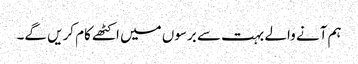
ہم آنے والے بہت سے برسوں میں اکٹھے کام کریں گے۔